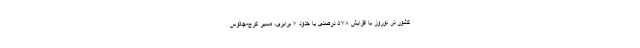
کشور در نوروز با افزایش ۵۷۸ درصدی یا حدود ۷ برابری، مسیر کرج-چالوس